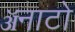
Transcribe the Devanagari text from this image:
ॲनाटो